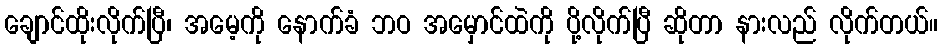
ချောင်ထိုးလိုက်ပြီ၊ အမေ့ကို နောက်ခံ ဘဝ အမှောင်ထဲကို ပို့လိုက်ပြီ ဆိုတာ နားလည် လိုက်တယ်။